Indian journal of veterinary science and animal husbandry - Volume 11,
Year: 1941
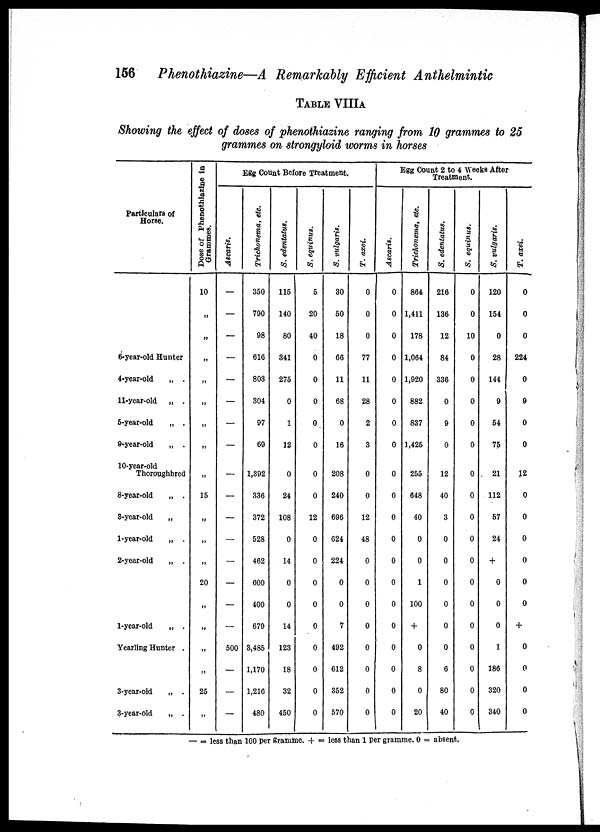
156
Phenothiazine—A Remarkably Efficient
Anthelmintic
TABLE VIIIA
Showing the effect of doses of phenothiazine ranging from 10 grammes to 25
grammes on strongyloid worms in horses
Particulars of
Horse.
6-year-old Hunter
4-year-old
„ .
11-year-old
„ .
5-year-old
„ .
9-year-old
„ .
10-year-old
Thoroughbred
8-year-old
„ .
3-year-old
„
1-year-old
„ .
2-year-old
„ .
1-year-old
„ .
Yearling Hunter .
3-year-old
„ .
3-year-old
„ .
Dose of Phenothiazine in
Grammes.
10
„
„
„
„
„
„
„
„
15
„
„
„
20
„
„
„
„
25
„
Egg Count Before Treatment.
Ascaris.
—
—
—
—
—
—
—
—
—
—
—
—
—
—
—
—
500
—
—
—
Trichonema, etc.
350
790
98
616
803
304
97
69
1,392
336
372
528
462
600
400
679
3,485
1,170
1,216
480
S. edentatus.
115
140
80
341
275
0
1
12
0
24
108
0
14
0
0
14
123
18
32
450
S. equinus.
5
20
40
0
0
0
0
0
0
0
12
0
0
0
0
0
0
0
0
0
S. vulgaris.
30
50
18
66
11
68
0
16
208
240
696
624
224
0
0
7
492
612
352
570
T. axei.
0
0
0
77
11
28
2
3
0
0
12
48
0
0
0
0
0
0
0
0
Egg Count 2 to 4 Weeks After
Treatment.
Ascaris.
0
0
0
0
0
0
0
0
0
0
0
0
0
0
0
0
0
0
0
0
Trichonema, etc.
864
1,411
178
1,064
1,920
882
837
1,425
255
648
40
0
0
1
100
+
0
8
0
20
S. edentatus.
216
136
12
84
336
0
9
0
12
40
3
0
0
0
0
0
0
6
80
40
S. equinus.
0
0
10
0
0
0
0
0
0
0
0
0
0
0
0
0
0
0
0
0
S. vulgaris.
120
154
0
28
144
9
54
75
21
112
57
24
+
0
0
0
1
186
320
340
T. axei.
0
0
0
224
0
9
0
0
12
0
0
0
0
0
0
+
0
0
0
0
— = less than 100 per gramme. + = less than 1 per gramme. 0 = absent.